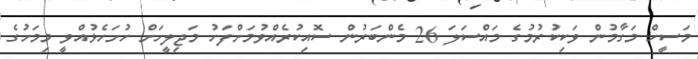
މަސީހް މަގާމުން ވަކިކުރުމުގެ މައްސަލަ 26 މެންބަރުން ސޮއިކުރެއްވުމަށްފަހު މަޖިލީހަށް ހުށަހެޅުއްވީ މިމަހުގެ